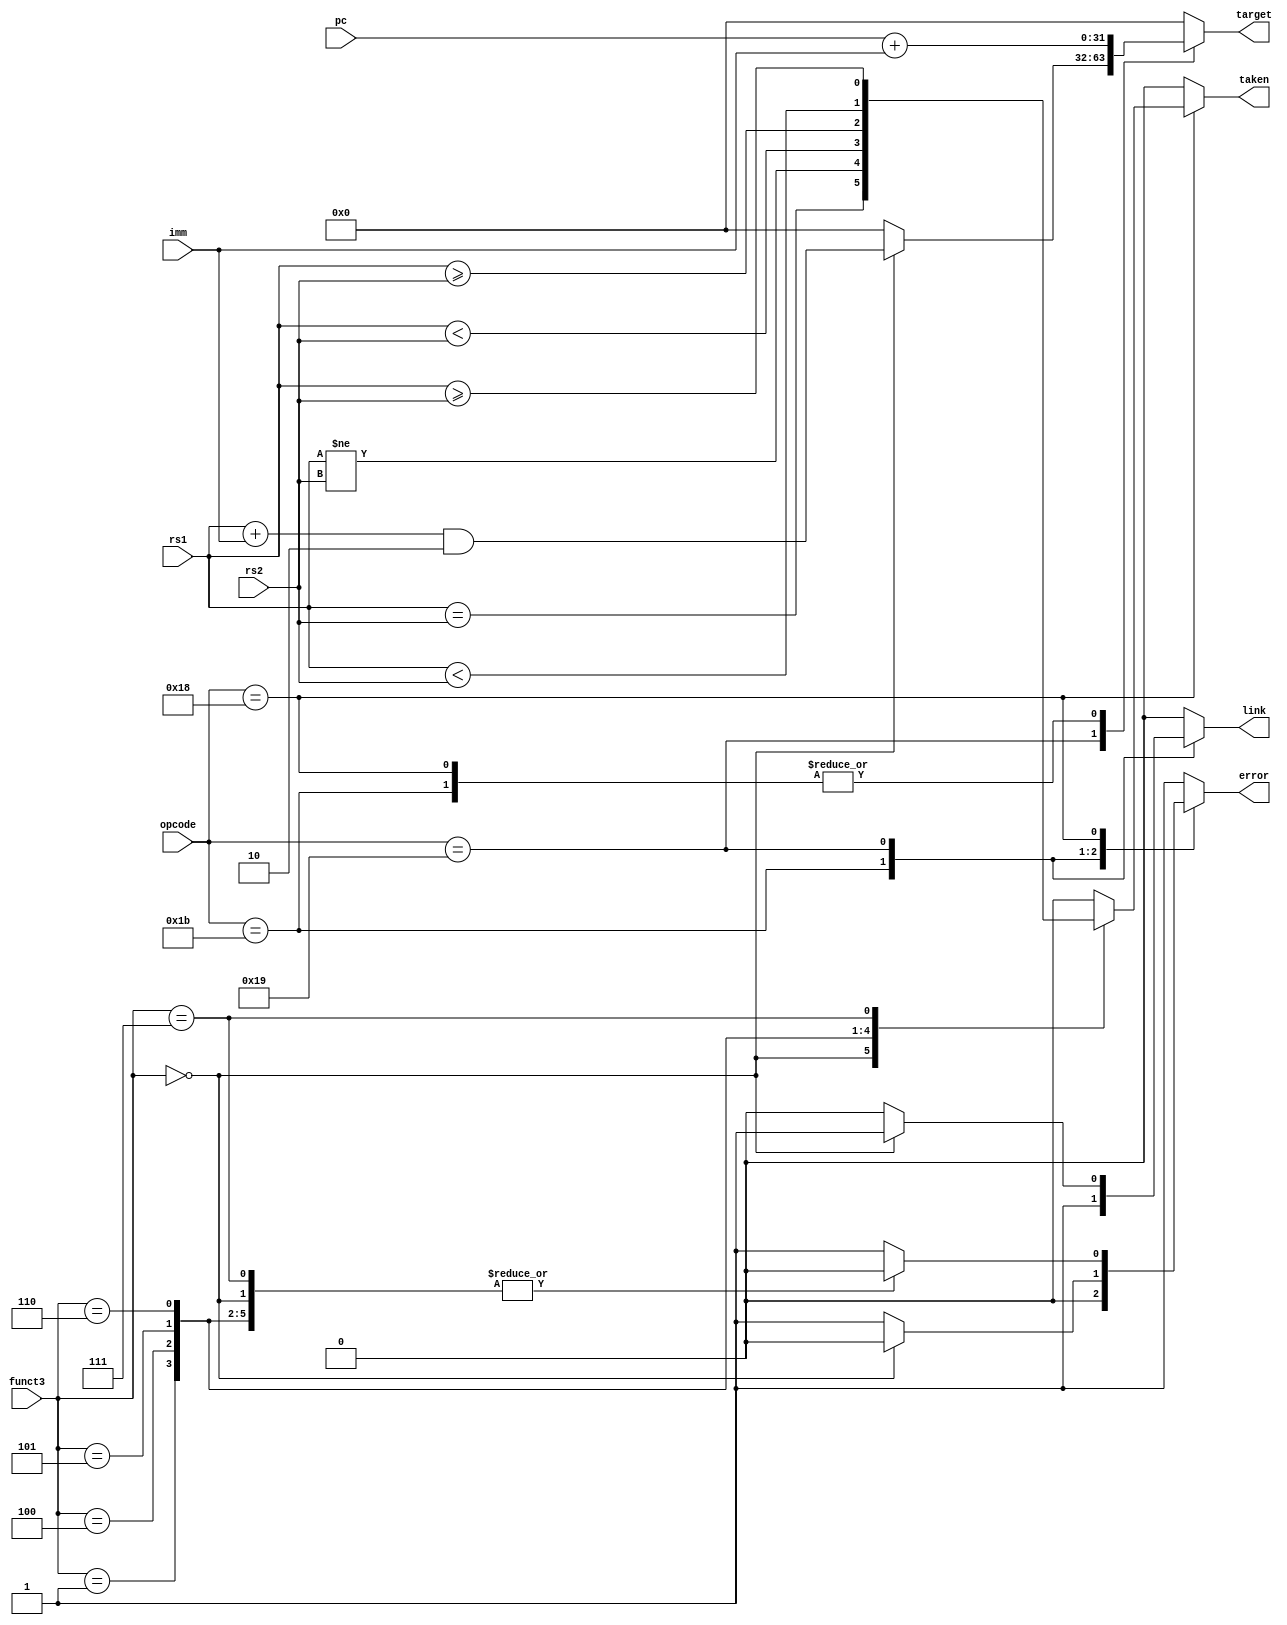
module BU (
  input [31:0] pc,
  input [4:0] opcode,
  input [2:0] funct3,
  input signed [31:0] rs1,
  input signed [31:0] rs2,
  input signed [31:0] imm,
  output reg link,
  output reg [31:0] target,
  output reg taken,
  output reg error
);

  reg [31:0] rs1_u;
  always@(*) begin
    link = 0;
    target = 0;
    taken = 0;
    error = 0;
    rs1_u = rs1;
    case (opcode)
      // jal
      5'b11011: begin
        link = 1;
        target = pc + imm;
      end
      // jalr
      5'b11001:
        if (funct3 == 3'b000) begin
          link = 1;
          target = (rs1 + imm) & ~1;
        end
        else error = 1;
      5'b11000: begin
        target = pc + imm;
        case (funct3)
          // beq
          3'b000: taken = rs1 == rs2;
          // bne
          3'b001: taken = rs1 != rs2;
          // blt
          3'b100: taken = rs1 < rs2;
          // bge
          3'b101: taken = rs1 >= rs2;
          // bltu
          3'b110: taken = rs1_u < rs2;
          // bgeu
          3'b111: taken = rs1_u >= rs2;
          default: error = 1;
        endcase
      end
      default: error = 1;
    endcase
  end
endmodule